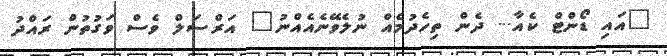
"އައި ޑޯންޓް ކެއާ... ދެން ތިހެދުމެއް ނުލެވޭނެއެއްނު" އަރްސަލް ވެސް ވަގުތުން ރައްދު